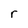
Character: r